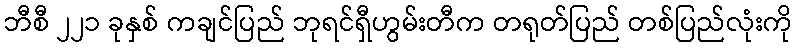
ဘီစီ ၂၂၁ ခုနှစ် ကချင်ပြည် ဘုရင်ရှီဟွမ်းတီက တရုတ်ပြည် တစ်ပြည်လုံးကို